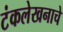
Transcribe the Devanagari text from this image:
टंकलेखनाचे